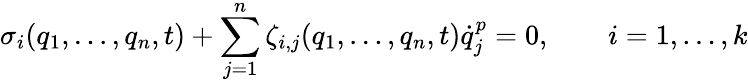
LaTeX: \sigma_{i}(q_{1},\dots,q_{n},t)+\sum_{j=1}^{n}\zeta_{i,j}(q_{1},\dots,q_{n},t){\dot{q}}_{j}^{p}=0,\qquad i=1,\dots,k